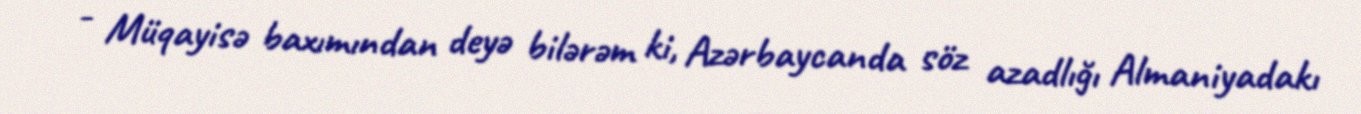
- Müqayisə baxımından deyə bilərəm ki, Azərbaycanda söz azadlığı Almaniyadakı